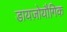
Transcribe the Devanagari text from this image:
डायज़ोयौगिक